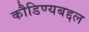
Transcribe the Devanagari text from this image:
कौडिण्यबद्दल